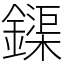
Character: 𨬡